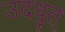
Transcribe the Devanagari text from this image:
उदधुत्